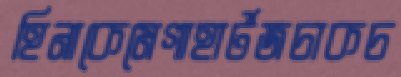
হিনাকেমেগাহার্টজচাকচ